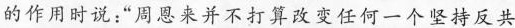
的作用时说：”周恩来并不打算改变任何一个坚持反共